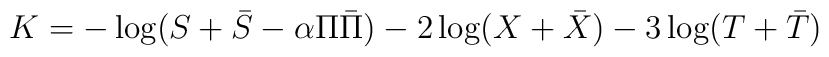
K = - \log (S + \bar S - \alpha \Pi \bar \Pi) - 2 \log (X + \bar X) - 3 \log (T + \bar T)